Report of the Bombay Veterinary College
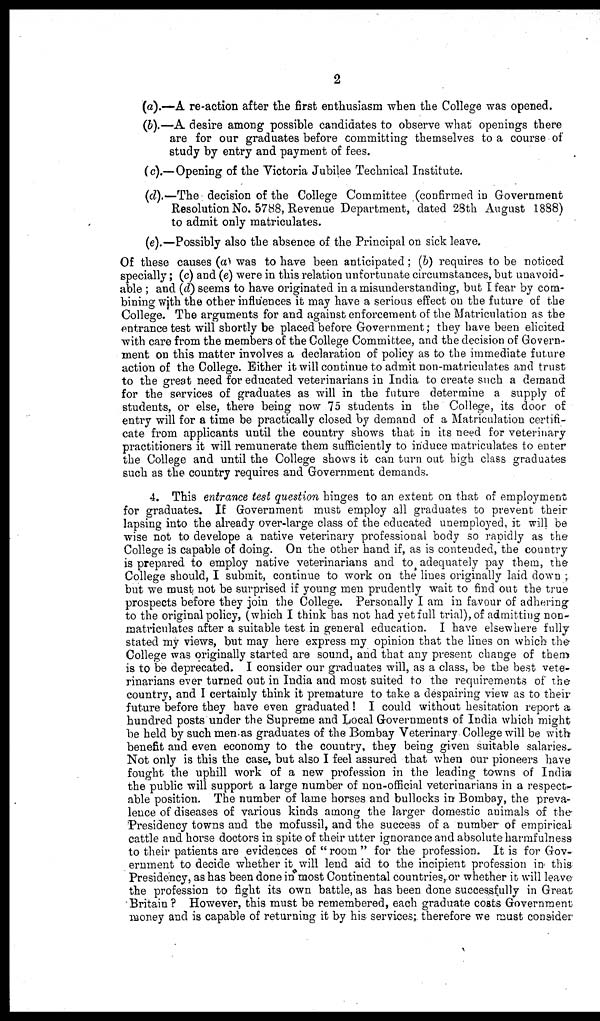
2
(a).—A re-action after the first enthusiasm when the College was opened.
(b).—A desire among possible candidates to observe what openings there
are for our graduates before committing themselves to a course of
study by entry and payment of fees.
(c).—Opening of the Victoria Jubilee Technical Institute.
(d).—The decision of the College Committee (confirmed in Government
Resolution No. 5788, Revenue Department, dated 28th August .1888)
to admit only matriculates.
(e).—Possibly also the absence of the Principal on sick leave.
Of these causes (a) was to have been anticipated ; (b) requires to be noticed
specially ; (c) and (e) were in this relation unfortunate circumstances, but unavoid-
able ; and (d) seems to have originated in a misunderstanding, but I fear by com-
bining with the other influences it may have a serious effect on the future of the
College. The arguments for and against enforcement of the Matriculation as the
entrance test will shortly be placed before Government; they have been elicited
with care from the members of the College Committee, and the decision of Govern-
ment on this matter involves a declaration of policy as to the immediate future
action of the College. Either it will continue to admit non-matriculates and trust
to the great need for educated veterinarians in India to create such a demand
for the services of graduates as will in the future determine a supply of
students, or else, there being now 75 students in the College, its door of
entry will for a time be practically closed by demand of a Matriculation certifi-
cate from applicants until the country shows that in its need for veterinary
practitioners it will remunerate them sufficiently to induce matriculates to enter
the College and until the College shows it can turn out high class graduates
such as the country requires and Government demands.
4. This entrance test question hinges to an extent on that of employment
for graduates. If Government must employ all graduates to prevent their
lapsing into the already over-large class of the educated unemployed, it will be
wise not to develope a native veterinary professional body so rapidly as the
College is capable of doing. On the other hand if, as is contended, the country
is prepared to employ native veterinarians and to adequately pay them, the
College should, I submit, continue to work on the lines originally laid down ,
but we must not be surprised if young men prudently wait to find out the true
prospects before they join the College. Personally I am in favour of adhering
to the original policy, (which I think has not had yet full trial), of admitting non-
matriculates after a suitable test in general education. I have elsewhere fully
stated my views, but may here express my opinion that the lines on which the
College was originally started are sound, and that any present change of them
is to be deprecated. I consider our graduates will, as a class, be the best vete-
rinarians ever turned out in India and most suited to the requirements of the
country, and I certainly think it premature to take a despairing view as to their
future before they have even graduated ! I could without hesitation report a
hundred posts under the Supreme and Local Governments of India which might
be held by such men as graduates of the Bombay Veterinary College will be with
benefit and even economy to the country, they being given suitable salaries.
Not only is this the case, but also I feel assured that when our pioneers have
fought the uphill work of a new profession in the leading towns of India
the public will support a large number of non-official veterinarians in a respect¬
able position. The number of lame horses and bullocks in Bombay, the preva-
lence of diseases of various kinds among the larger domestic animals of the-
Presidency towns and the mofussil, and the success of a number of empirical
cattle and horse doctors in spite of their utter ignorance and absolute harmfulness
to their patients are evidences of "room" for the profession. It is for Gov-
ernment to decide whether it will lend aid to the incipient profession in this
Presidency, as has been done in most Continental countries, or whether it will leave
the profession to fight its own battle, as has been done successfully in Great
Britain ? However, this must be remembered, each graduate costs Government
money and is capable of returning it by his services; therefore we must consider